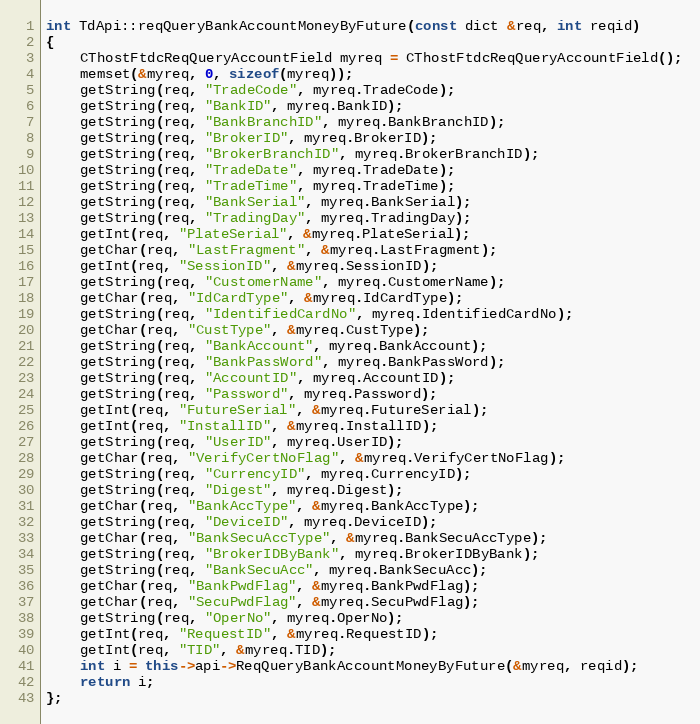
Language: C++
int TdApi::reqQueryBankAccountMoneyByFuture(const dict &req, int reqid)
{
	CThostFtdcReqQueryAccountField myreq = CThostFtdcReqQueryAccountField();
	memset(&myreq, 0, sizeof(myreq));
	getString(req, "TradeCode", myreq.TradeCode);
	getString(req, "BankID", myreq.BankID);
	getString(req, "BankBranchID", myreq.BankBranchID);
	getString(req, "BrokerID", myreq.BrokerID);
	getString(req, "BrokerBranchID", myreq.BrokerBranchID);
	getString(req, "TradeDate", myreq.TradeDate);
	getString(req, "TradeTime", myreq.TradeTime);
	getString(req, "BankSerial", myreq.BankSerial);
	getString(req, "TradingDay", myreq.TradingDay);
	getInt(req, "PlateSerial", &myreq.PlateSerial);
	getChar(req, "LastFragment", &myreq.LastFragment);
	getInt(req, "SessionID", &myreq.SessionID);
	getString(req, "CustomerName", myreq.CustomerName);
	getChar(req, "IdCardType", &myreq.IdCardType);
	getString(req, "IdentifiedCardNo", myreq.IdentifiedCardNo);
	getChar(req, "CustType", &myreq.CustType);
	getString(req, "BankAccount", myreq.BankAccount);
	getString(req, "BankPassWord", myreq.BankPassWord);
	getString(req, "AccountID", myreq.AccountID);
	getString(req, "Password", myreq.Password);
	getInt(req, "FutureSerial", &myreq.FutureSerial);
	getInt(req, "InstallID", &myreq.InstallID);
	getString(req, "UserID", myreq.UserID);
	getChar(req, "VerifyCertNoFlag", &myreq.VerifyCertNoFlag);
	getString(req, "CurrencyID", myreq.CurrencyID);
	getString(req, "Digest", myreq.Digest);
	getChar(req, "BankAccType", &myreq.BankAccType);
	getString(req, "DeviceID", myreq.DeviceID);
	getChar(req, "BankSecuAccType", &myreq.BankSecuAccType);
	getString(req, "BrokerIDByBank", myreq.BrokerIDByBank);
	getString(req, "BankSecuAcc", myreq.BankSecuAcc);
	getChar(req, "BankPwdFlag", &myreq.BankPwdFlag);
	getChar(req, "SecuPwdFlag", &myreq.SecuPwdFlag);
	getString(req, "OperNo", myreq.OperNo);
	getInt(req, "RequestID", &myreq.RequestID);
	getInt(req, "TID", &myreq.TID);
	int i = this->api->ReqQueryBankAccountMoneyByFuture(&myreq, reqid);
	return i;
};